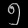
Digit: ၅